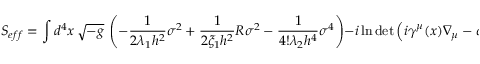
S _ { e f f } = \int d ^ { 4 } x \, \sqrt { - g } \, \left( - \frac { 1 } { 2 \lambda _ { 1 } h ^ { 2 } } \sigma ^ { 2 } + \frac { 1 } { 2 \xi _ { 1 } h ^ { 2 } } R \sigma ^ { 2 } - \frac { 1 } { 4 ! \lambda _ { 2 } h ^ { 4 } } \sigma ^ { 4 } \right) - i \ln \operatorname * { d e t } \left( i \gamma ^ { \mu } ( x ) \nabla _ { \mu } - \sigma \right) ,